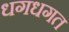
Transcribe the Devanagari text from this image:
धगधगत